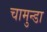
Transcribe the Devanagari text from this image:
चामुन्डा